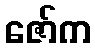
ဇော်က